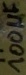
Text: 100µF